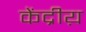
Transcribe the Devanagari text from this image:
केंद्रीय़